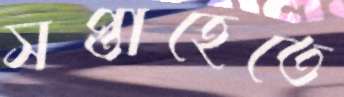
সপ্তাহেতে